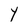
Character: Y